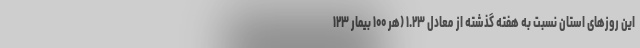
این روزهای استان نسبت به هفته گذشته از معادل ۱.۲۳ (هر ۱۰۰ بیمار ۱۲۳